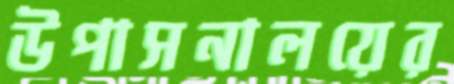
উপাসনালয়ের